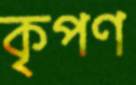
কৃপণ